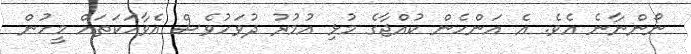
ނޯންނާނެ އެވެ. އެ އަންހެން ކުއްޖާގެ މުޅި އުމުރު ދުވަހުވެސް އެވާހަކަތައް މީހުން